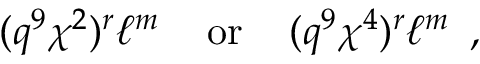
( q ^ { 9 } \chi ^ { 2 } ) ^ { r } \ell ^ { m } \, \, \, \, \, \mathrm { ~ o r ~ } \, \, \, \, \, ( q ^ { 9 } \chi ^ { 4 } ) ^ { r } \ell ^ { m } \, \, \, ,